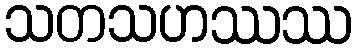
သတသဟဿဿ